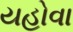
યહોવા